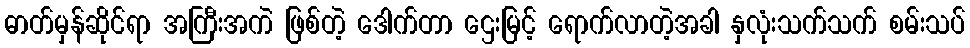
ဓာတ်မှန်ဆိုင်ရာ အကြီးအကဲ ဖြစ်တဲ့ ဒေါက်တာ ဌေးမြင့် ရောက်လာတဲ့အခါ နှလုံးသက်သက် စမ်းသပ်